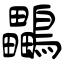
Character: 鸓